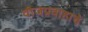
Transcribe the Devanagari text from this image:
वीजप्रवाहाचे